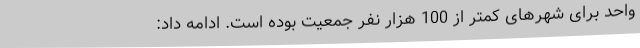
واحد برای شهرهای کمتر از 100 هزار نفر جمعیت بوده است. ادامه داد: